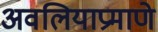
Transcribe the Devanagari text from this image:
अवलियाप्रमाणे